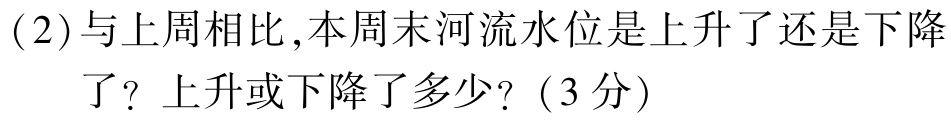
(2)与上周相比,本周末河流水位是上升了还是下降
了？上升或下降了多少？（3分）